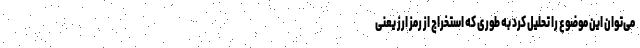
می‌توان این موضوع را تحلیل کرد به طوری که استخراج از رمز ارز یعنی